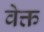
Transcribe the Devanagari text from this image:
वेक्त